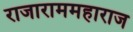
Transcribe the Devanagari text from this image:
राजाराममहाराज